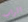
الراب